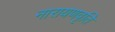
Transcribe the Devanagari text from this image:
नारायणवृति